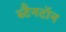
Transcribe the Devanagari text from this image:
स्टैनटॉन